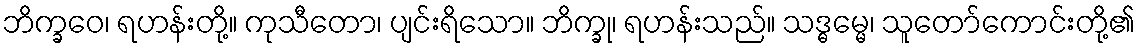
ဘိက္ခဝေ၊ ရဟန်းတို့။ ကုသီတော၊ ပျင်းရိသော။ ဘိက္ခု၊ ရဟန်းသည်။ သဒ္ဓမ္မေ၊ သူတော်ကောင်းတို့၏